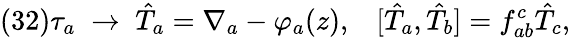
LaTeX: (32)\tau_{a}\; \to\; \hat{T}_{a}=\nabla_{a}-\varphi_{a}(z),\; \; \; [\hat{T}_{a},\hat{T}_{b}]=f_{ab}^{c}\hat{T}_{c},